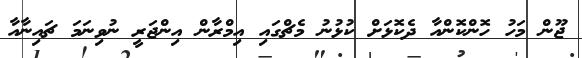
ޖޫން މަހު ހޮންކޮންއާ ދެކޮޅަށް ކުޅުނު މެޗްގައި އިމްރާން އިންޖަރީ ނުވިނަަމަ ޗައިނާއާ